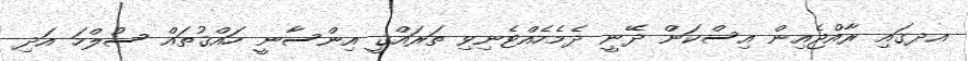
އދގައި ރާއްޖެއިން އިސްކަން ދޭނީ ދެމެހެއްޓެނިވި ތަރައްޤީ އިންސާނީ ހައްޤުތައް ސުލްހަ އަދި